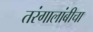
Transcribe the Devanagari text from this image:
तरंगालांबीचा